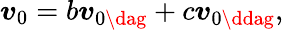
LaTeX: \boldsymbol{v}_{0}=b\boldsymbol{v}_{0\dag}+c\boldsymbol{v}_{0\ddag},